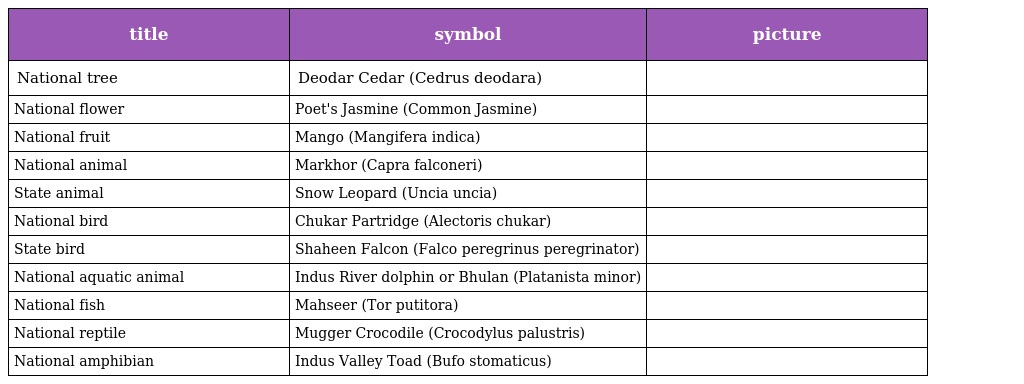
| title | symbol | picture |
 | --- | --- | --- |
 | National tree | Deodar Cedar (Cedrus deodara) |  |
 | National flower | Poet's Jasmine (Common Jasmine) |  |
 | National fruit | Mango (Mangifera indica) |  |
 | National animal | Markhor (Capra falconeri) |  |
 | State animal | Snow Leopard (Uncia uncia) |  |
 | National bird | Chukar Partridge (Alectoris chukar) |  |
 | State bird | Shaheen Falcon (Falco peregrinus peregrinator) |  |
 | National aquatic animal | Indus River dolphin or Bhulan (Platanista minor) |  |
 | National fish | Mahseer (Tor putitora) |  |
 | National reptile | Mugger Crocodile (Crocodylus palustris) |  |
 | National amphibian | Indus Valley Toad (Bufo stomaticus) |  |